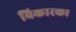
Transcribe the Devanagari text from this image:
विकारका